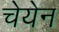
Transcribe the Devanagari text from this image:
चेयेन